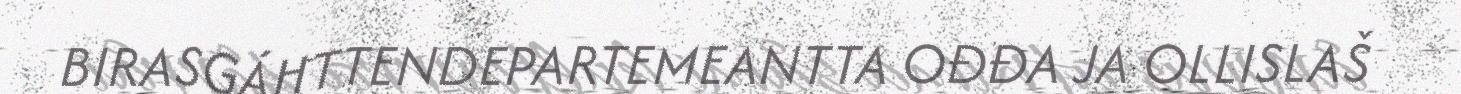
BIRASGÁHTTENDEPARTEMEANTTA OĐĐA JA OLLISLAŠ